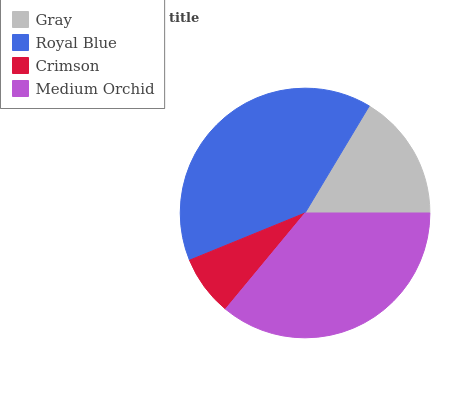
| Gray | Royal Blue | Crimson | Medium Orchid |
 | --- | --- | --- | --- |
 | 16.4% | 39.8% | 7.82% | 36% |